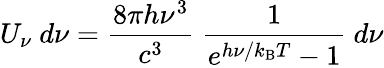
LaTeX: U_{\nu}~d\nu={\frac{8\pi h\nu^{3}}{c^{3}}}~{\frac{1}{e^{h\nu/k_{\mathrm{{B}}}T}-1}}~d\nu